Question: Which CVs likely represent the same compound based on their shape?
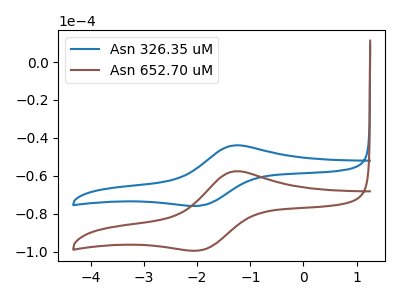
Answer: <think>The blue curve "Asn 326.35 uM" has an anodic peak at (-1.30V, -43.95uA) and a cathodic peak at (-1.95V, -75.75uA). The brown curve "Asn 652.70 uM" has an anodic peak at (-1.30V, -57.65uA) and a cathodic peak at (-1.95V, -99.25uA).
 All the peaks in "Asn 326.35 uM" have a peak in "Asn 652.70 uM" at the same potential.</think>
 <answer>"Asn 326.35 uM" and "Asn 652.70 uM" have the same shape and are likely CV's of the same chemical.</answer>
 <eval>"Asn 326.35 uM" "Asn 652.70 uM"</eval>